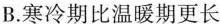
B.寒冷期比温暖期更长